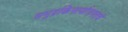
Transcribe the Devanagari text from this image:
समुद्रकिनार्यालगतचे